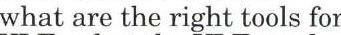
what are the right tools for